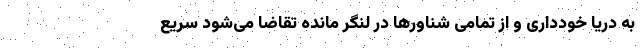
به دریا خودداری و از تمامی شناورها در لنگر مانده تقاضا می‌شود سریع